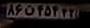
۸۶ن۴۵۴۴۳